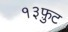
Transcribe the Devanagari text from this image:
१३फ़ुट